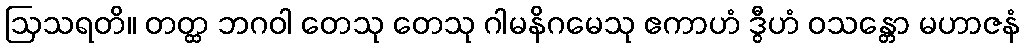
ဩသရတိ။ တတ္ထ ဘဂဝါ တေသု တေသု ဂါမနိဂမေသု ဧကာဟံ ဒွီဟံ ဝသန္တော မဟာဇနံ